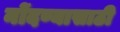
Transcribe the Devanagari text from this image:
नोंदण्यासाठी